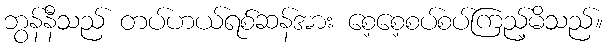
ဘွန်နီသည် တပ်ဟယ်ရစ်ဆန်အား စေ့စေ့စပ်စပ်ကြည့်မိသည်။